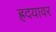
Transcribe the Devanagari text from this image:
ह्रदयावर